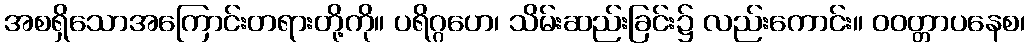
အစရှိသောအကြောင်းတရားတို့ကို။ ပရိဂ္ဂဟေ၊ သိမ်းဆည်းခြင်း၌ လည်းကောင်း။ ဝဝတ္တာပနေစ၊